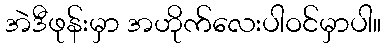
အဲဒီဖုန်းမှာ အဟိုက်လေးပါဝင်မှာပါ။